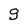
Character: g